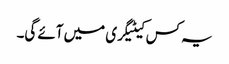
یہ کس کیٹیگری میں آئے گی۔